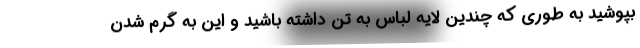
بپوشید به طوری که چندین لایه لباس به تن داشته باشید و این به گرم شدن